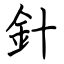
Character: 針